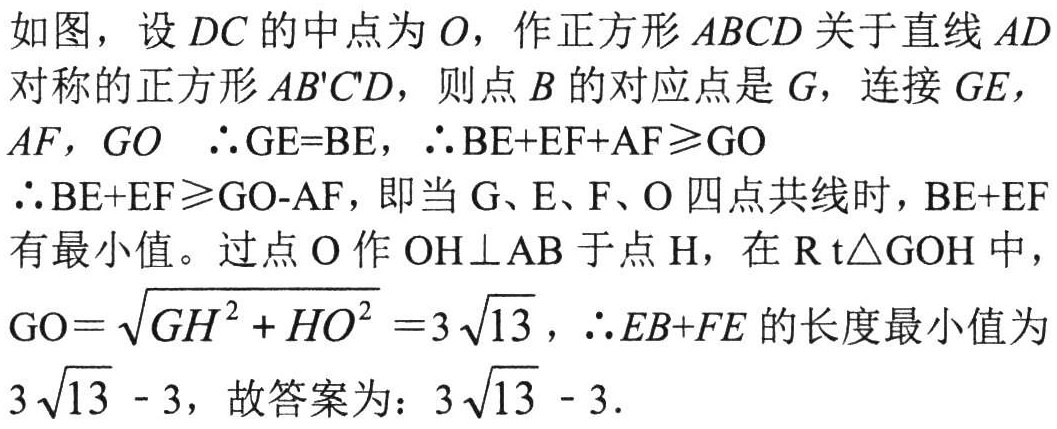
如图，设\(DC\)的中点为\(O\)，作正方形\(ABCD\)关于直线\(AD\)对称的正方形\(AB'C'D\)，则点\(B\)的对应点是\(G\)，连接\(GE\)，\(AF\)，\(GO\)  \(\therefore GE = BE\)，\(\therefore BE + EF+AF\geqslant GO\)
\(\therefore BE + EF\geqslant GO - AF\)，即当\(G\)、\(E\)、\(F\)、\(O\) 四点共线时，\(BE + EF\)有最小值。过点\(O\)作\(OH\perp AB\)于点\(H\)，在\(\text{Rt}\triangle GOH\)中，\(GO=\sqrt{GH^{2}+HO^{2}} = 3\sqrt{13}\)，\(\therefore EB + FE\)的长度最小值为\(3\sqrt{13}-3\)，故答案为：\(3\sqrt{13}-3\).